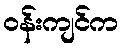
ဝန်းကျင်က